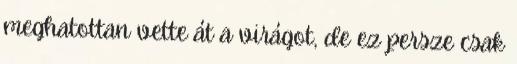
meghatottan vette át a virágot, de ez persze csak